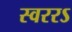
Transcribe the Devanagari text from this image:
स्वररऽ